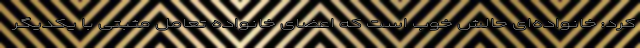
کرد: خانواده‌ای حالش خوب است که اعضای خانواده تعامل مثبتی با یکدیگر